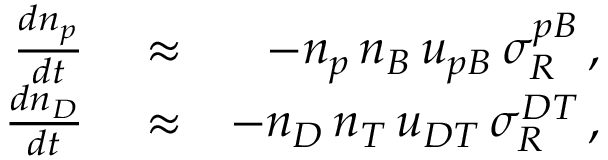
\begin{array} { r l r } { \frac { d n _ { p } } { d t } } & { { } \approx } & { - n _ { p } \, n _ { B } \, u _ { p B } \, \sigma _ { R } ^ { p B } \, , } \\ { \frac { d n _ { D } } { d t } } & { { } \approx } & { - n _ { D } \, n _ { T } \, u _ { D T } \, \sigma _ { R } ^ { D T } \, , } \end{array}